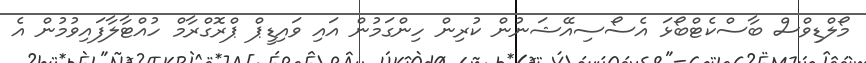
މޯލްޑިވްސް ބާސްކެޓްބޯޅަ އެސޯސިއޭޝަނުން ކުރިން ހިންގަަމުން އައި ވައިޑީޕް ޕްރޮގްރާމް ހުއްޓާލާފައިވުމުން އެ